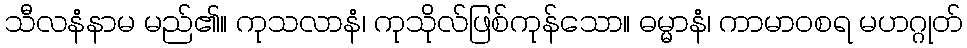
သီလနံနာမ မည်၏။ ကုသလာနံ၊ ကုသိုလ်ဖြစ်ကုန်သော။ ဓမ္မာနံ၊ ကာမာဝစရ မဟဂ္ဂုတ်